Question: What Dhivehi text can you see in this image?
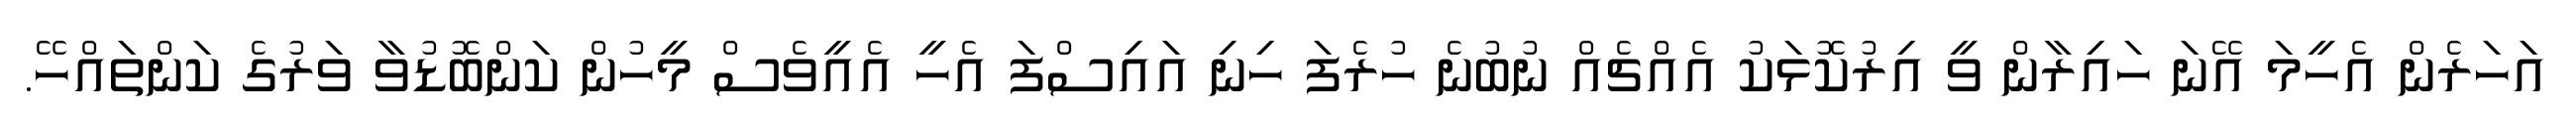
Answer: އަހަރެން އެހީމަ އޭނަ ހައިރާން ވީ އިރުކޮޅަކު އެއްޗެއް ނުބުނެ ހުރެފަ ހިނި އައިސްފަ އެހީ އެއީވެސް މީހުން ކަންބޮޑުވާ ވަރުގެ ކަންތައްހޭ.